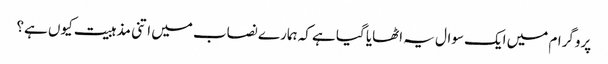
پروگرام میں ایک سوال یہ اٹھایا گیا ہے کہ ہمارے نصاب میں اتنی مذہبیت کیوں ہے؟